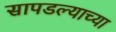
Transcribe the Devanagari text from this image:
सापडल्याच्या